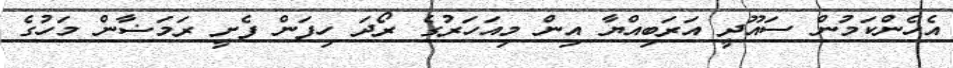
އެހެންކަމުން ސައޫދީ އަރަބިއްޔާ އިން މިއަހަރުގެ ރޯދަ ހިފަން ފެށީ ރަމަޟާން މަހުގެ